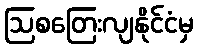
ဩစတြေးလျနိုင်ငံမှ